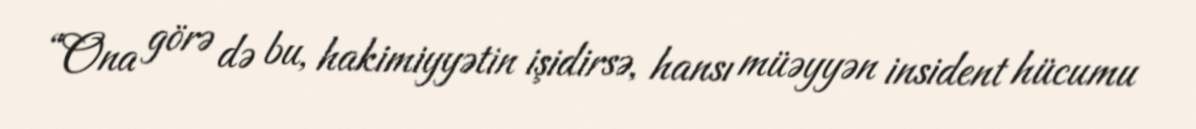
“Ona görə də bu, hakimiyyətin işidirsə, hansı müəyyən insident hücumu